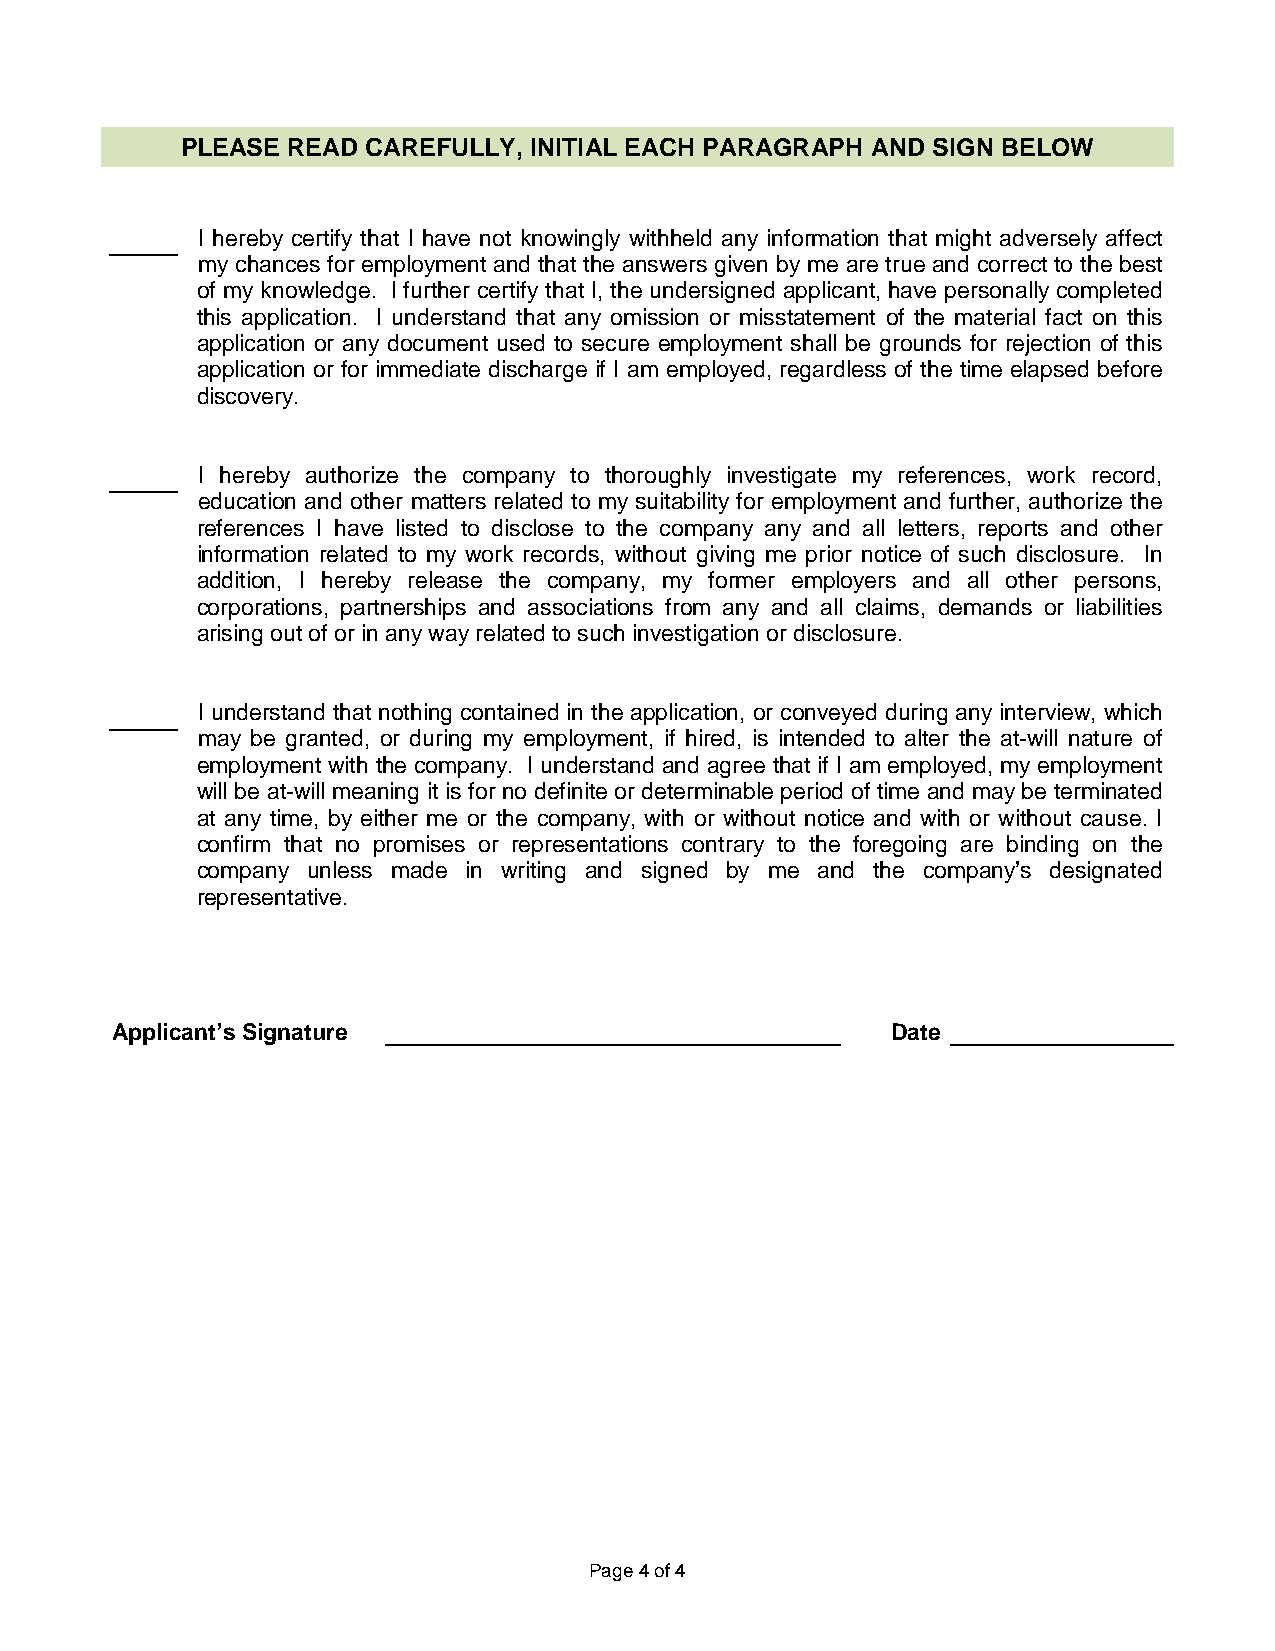
PLEASE READ CAREFULLY, INITIAL EACH PARAGRAPH AND SIGN BELOW
 I hereby certify that I have not knowingly withheld any information that might adversely affect
 my chances for employment and that the answers given by me are true and correct to the best
 of my knowledge. I further certify that I, the undersigned applicant, have personally completed
 this application. I understand that any omission or misstatement of the material fact on this
 application or any document used to secure employment shall be grounds for rejection of this
 application or for immediate discharge if I am employed, regardless of the time elapsed before
 discovery.
 I hereby authorize the company to thoroughly investigate my references, work record,
 education and other matters related to my suitability for employment and further, authorize the
 references I have listed to disclose to the company any and all letters, reports and other
 information related to my work records, without giving me prior notice of such disclosure. In
 addition, I hereby release the company, my former employers and all other persons,
 corporations, partnerships and associations from any and all claims, demands or liabilities
 arising out of or in any way related to such investigation or disclosure.
 I understand that nothing contained in the application, or conveyed during any interview, which
 may be granted, or during my employment, if hired, is intended to alter the at-will nature of
 employment with the company. I understand and agree that if I am employed, my employment
 will be at-will meaning it is for no definite or determinable period of time and may be terminated
 at any time, by either me or the company, with or without notice and with or without cause. I
 confirm that no promises or representations contrary to the foregoing are binding on the
 company unless made in writing and signed by me and the company’s designated
 representative.
 Applicant’s Signature                               Date
 Page 4 of 4